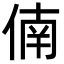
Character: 㑲